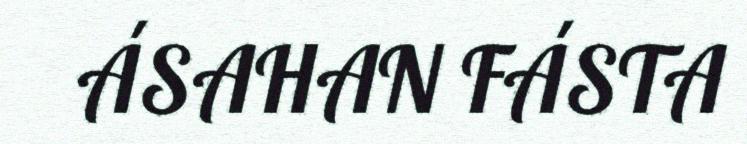
ÁSAHAN FÁSTA